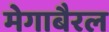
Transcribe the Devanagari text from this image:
मेगाबैरल